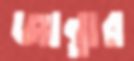
জান্তার